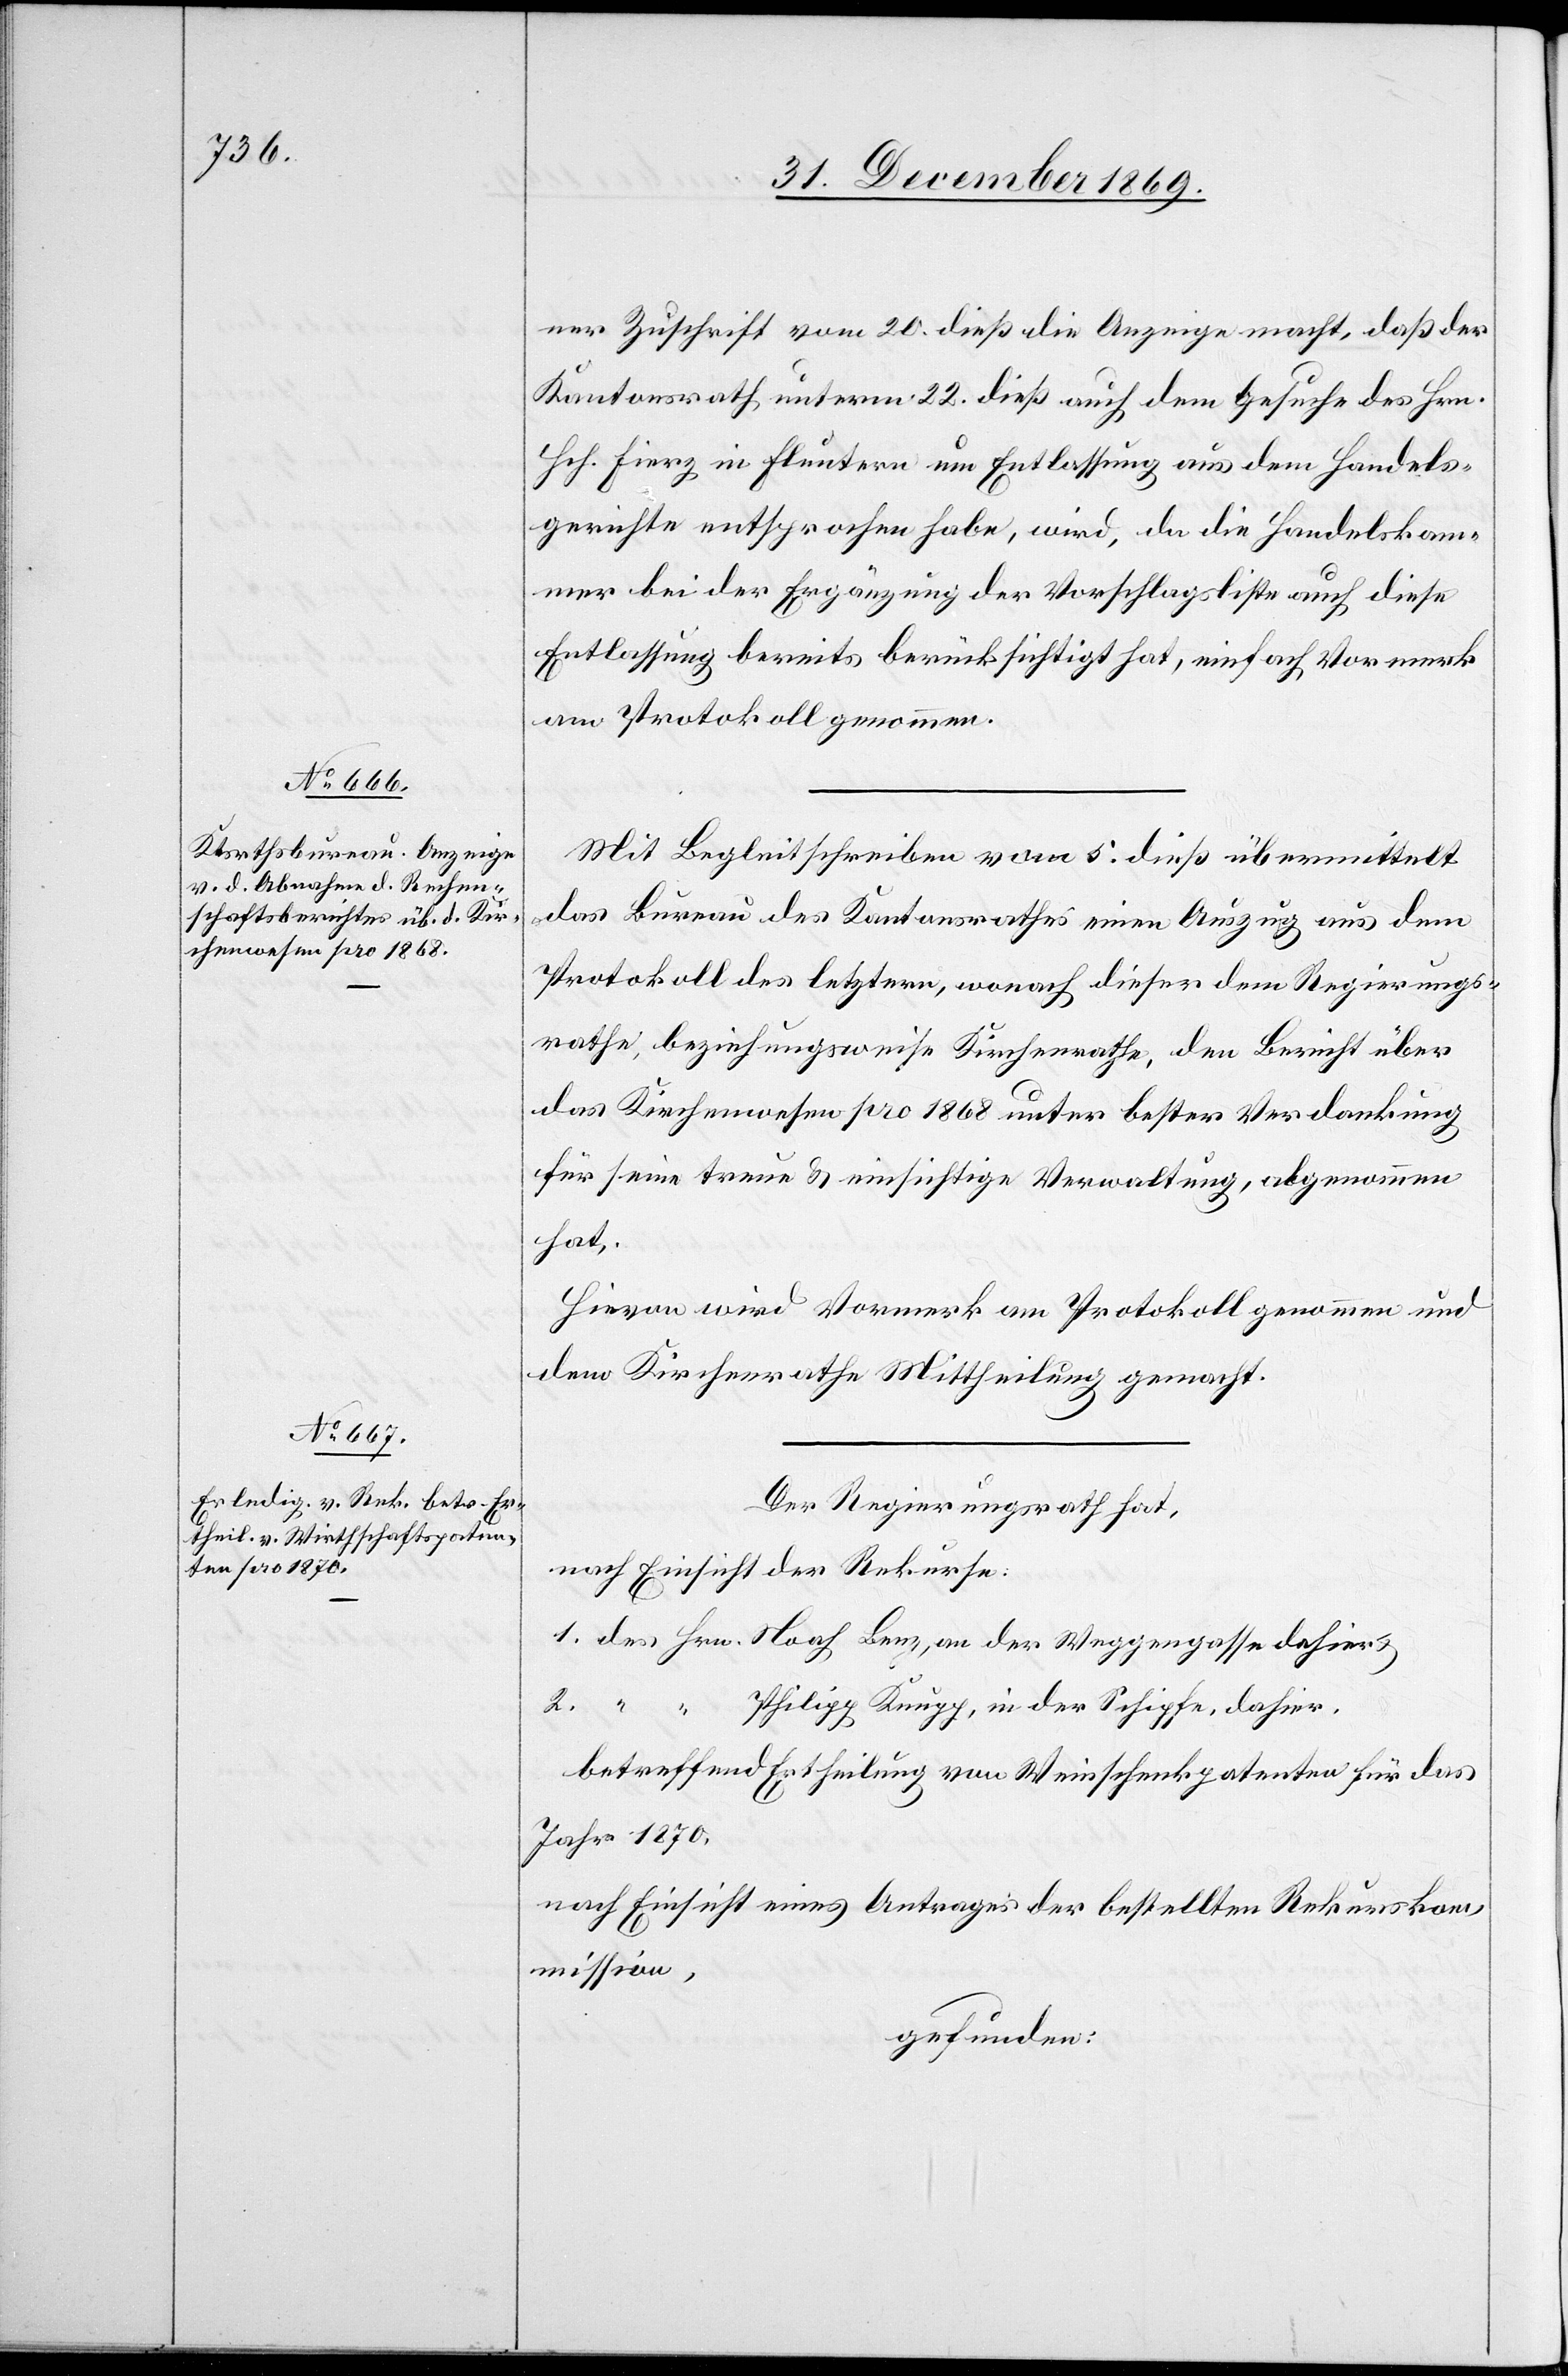
ner Zuschrift vom 20. dieß die Anzeige macht, daß der
Kantonsrath unterm 22. dieß auch dem Gesuche des Hrn.
Hch. Fierz in Fluntern um Entlassung aus dem Handels¬
gerichte entsprochen habe, wird, da die Handelskam¬
mer bei der Ergänzung der Vorschlagsliste auch diese
Entlassung bereits berücksichtigt hat, einfach Vormerk
am Protokoll genommen.
Mit Begleitschreiben vom 5. dieß übermittelt
das Bureau des Kantonsrathes einen Auszug aus dem
Protokoll des letztern, wonach dieser dem Regierungs¬
rathe, beziehungsweise Kirchenrathe, den Bericht über
das Kirchenwesen pro 1868 unter bester Verdankung
für seine treue & einsichtige Verwaltung, abgenommen
hat.
Hievon wird Vormerk am Protokoll genommen und
dem Kirchenrathe Mittheilung gemacht.
Der Regierungsrath hat,
nach Einsicht der Rekurse:
1. des Hrn. Noah Benz, an der Weggengasse dahier
betreffend Ertheilung von Weinschenkpatenten für das
Jahr 1870,
nach Einsicht eines Antrages der bestellten Rekurskom¬
mission,
gefunden: